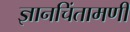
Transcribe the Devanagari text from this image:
ज्ञानचिंतामणी